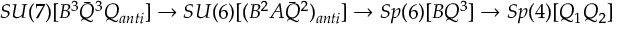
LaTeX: S U ( 7 ) [ B ^ { 3 } { \bar { Q } } ^ { 3 } Q _ { a n t i } ] \rightarrow S U ( 6 ) [ ( B ^ { 2 } A { \bar { Q } } ^ { 2 } ) _ { a n t i } ] \rightarrow S p ( 6 ) [ B Q ^ { 3 } ] \rightarrow S p ( 4 ) [ Q _ { 1 } Q _ { 2 } ]